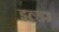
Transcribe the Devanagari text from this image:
इल्डर